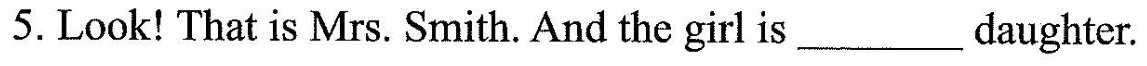
5.Look! That is Mrs. Smith. And the girl is___daughter.